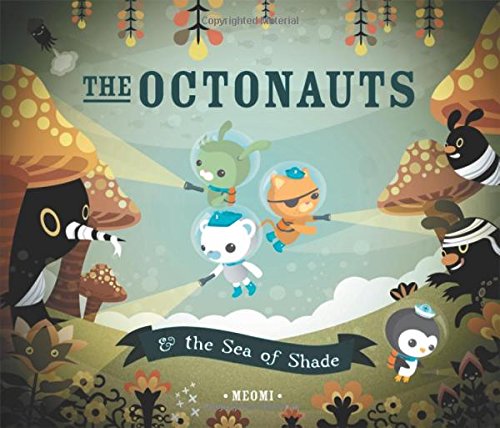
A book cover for The Octonauts & the Sea of Shade; Meomi; Children's Books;